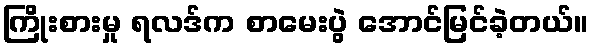
ကြိုးစားမှု ရလဒ်က စာမေးပွဲ အောင်မြင်ခဲ့တယ်။